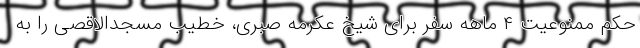
حکم ممنوعیت ۴ ماهه سفر برای شیخ عکرمه صبری، خطیب مسجدالاقصی را به